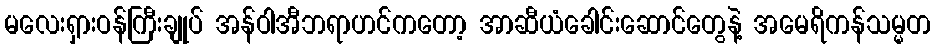
မလေးရှားဝန်ကြီးချုပ် အန်ဝါအီဘရာဟင်ကတော့ အာဆီယံခေါင်းဆောင်တွေနဲ့ အမေရိကန်သမ္မတ